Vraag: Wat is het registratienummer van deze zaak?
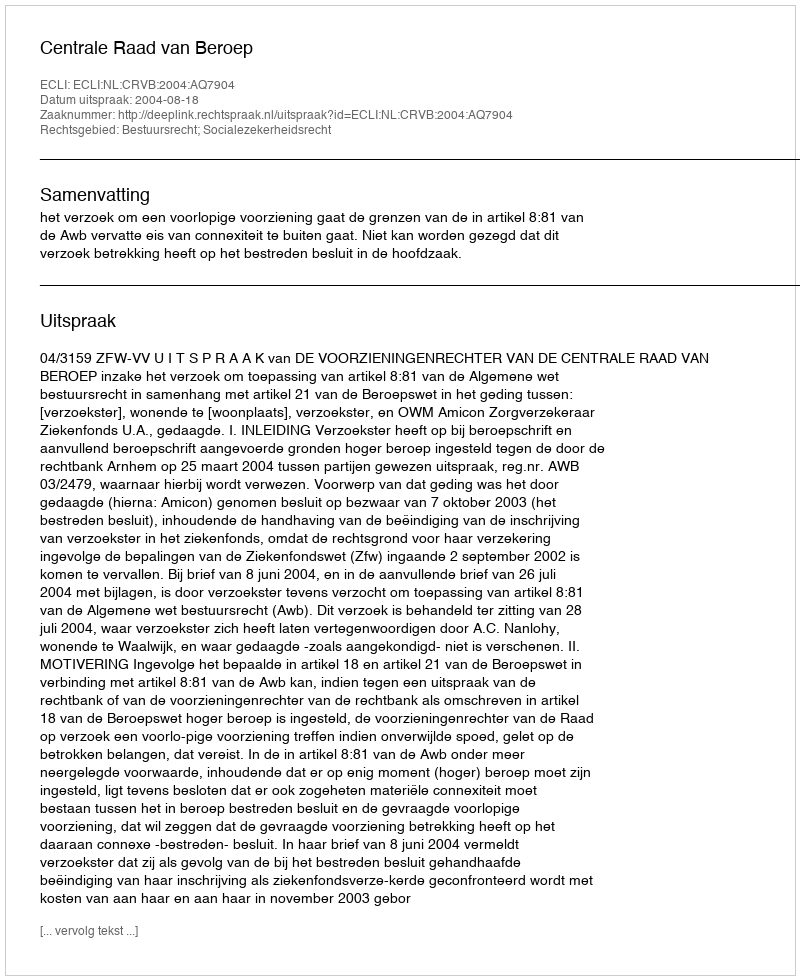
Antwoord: http://deeplink.rechtspraak.nl/uitspraak?id=ECLI:NL:CRVB:2004:AQ7904